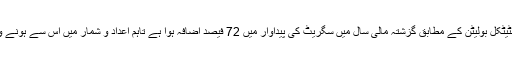
اسٹیٹ بینک کے ستمبر 2018 کے اسٹیٹکل بولیٹن کے مطابق گزشتہ مالی سال میں سگریٹ کی پیداوار میں 72 فیصد اضافہ ہوا ہے تاہم اعداد و شمار میں اس سے ہونے والی آمدن کے بار ے میں نہیں بتایا گیا۔